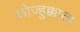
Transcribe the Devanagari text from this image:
कोज्हुक्कात्ता